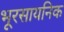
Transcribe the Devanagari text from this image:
भूरसायनिक